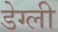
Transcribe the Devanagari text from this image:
डेग्ली